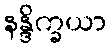
နန္ဒိက္ခယာ